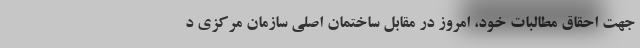
جهت احقاق مطالبات خود، امروز در مقابل ساختمان اصلی سازمان مرکزی د